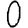
Digit: 0